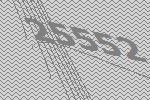
25552